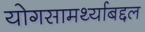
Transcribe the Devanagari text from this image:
योगसामर्थ्याबद्दल